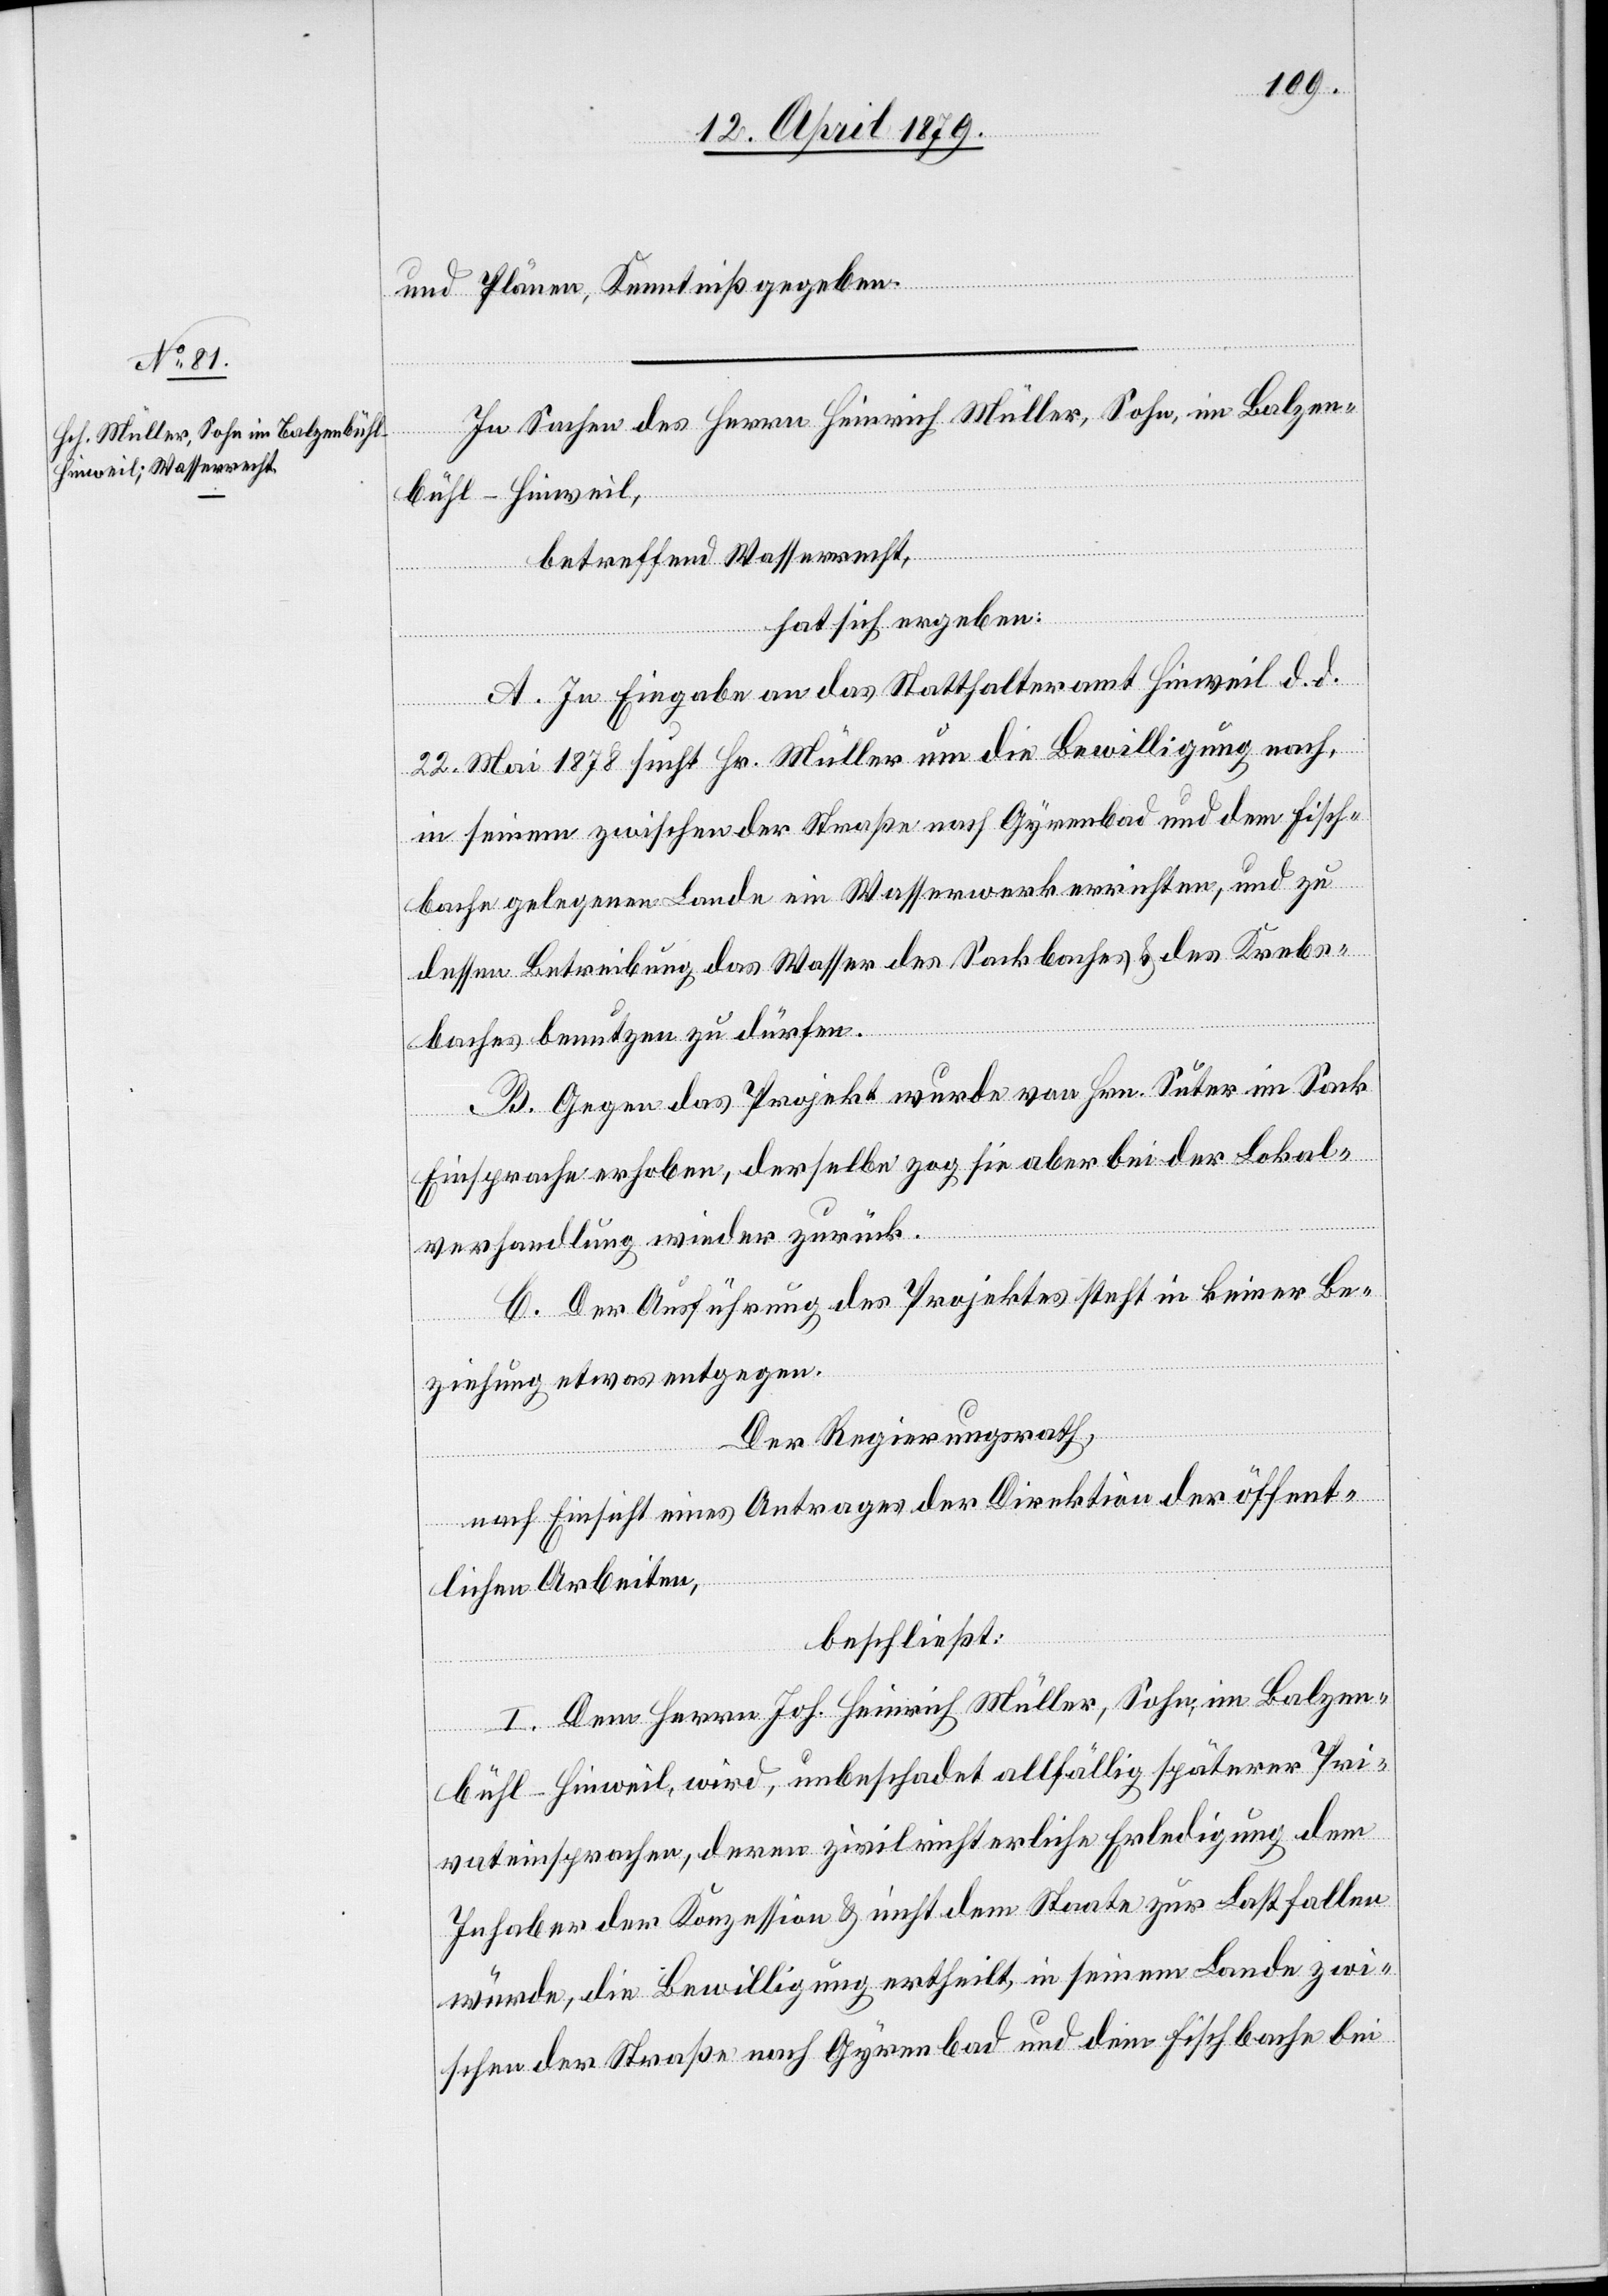
und Plänen, Kenntniß gegeben.
In Sachen des Herrn Heinrich Müller, Sohn, im Balzen¬
bühl - Hinweil,
betreffend Wasserrecht,
hat sich ergeben:
A. In Eingabe an das Statthalteramt Hinweil d. d.
22. Mai 1878 sucht Hr. Müller um die Bewilligung nach,
in seinem zwischen der Straße nach Gyrenbad und dem Fisch¬
bache gelegenen Lande ein Wasserwerk errichten, und zu
dessen Betreibung das Wasser des Sackbaches & des Krebs¬
baches benutzen zu dürfen.
B. Gegen das Projekt wurde von Hrn. Suter im Sack
Einsprache erhoben, derselbe zog sie aber bei der Lokal¬
verhandlung wieder zurück.
C. Der Ausführung des Projektes steht in keiner Be¬
ziehung etwas entgegen.
Der Regierungsrath,
nach Einsicht eines Antrages der Direktion der öffent¬
lichen Arbeiten,
beschließt:
I. Dem Herrn Joh. Heinrich Müller, Sohn, im Balzen¬
bühl - Hinweil, wird, unbeschadet allfällig späterer Pri¬
vateinsprachen, deren zivilrichterliche Erledigung dem
Inhaber der Konzession & nicht dem Staate zur Last fallen
würde, die Bewilligung ertheilt, in seinem Lande zwi¬
schen der Straße nach Gyrenbad und dem Fischbache bei